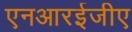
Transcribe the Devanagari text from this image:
एनआरईजीए